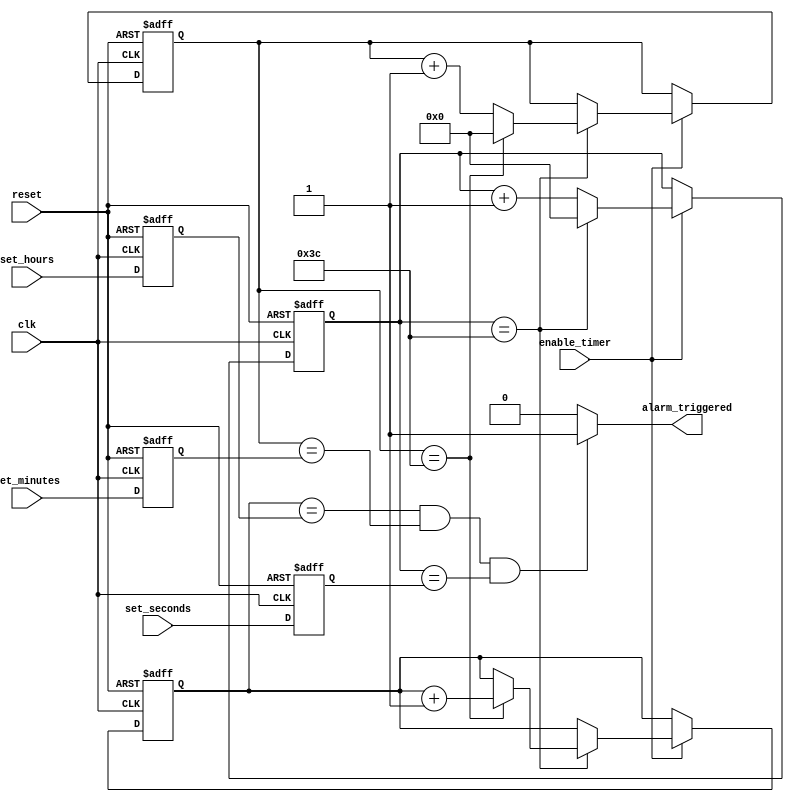
module rtc_timer (
    input wire clk,
    input wire reset,
    input wire [3:0] set_hours,
    input wire [5:0] set_minutes,
    input wire [5:0] set_seconds,
    input wire enable_timer,
    
    output reg alarm_triggered
);

reg [3:0] hours;
reg [5:0] minutes;
reg [5:0] seconds;

reg [3:0] alarm_hours;
reg [5:0] alarm_minutes;
reg [5:0] alarm_seconds;

// Time counter module
always @(posedge clk or posedge reset) begin
    if (reset) begin
        hours <= 4'd0;
        minutes <= 6'd0;
        seconds <= 6'd0;
    end
    
    else if (enable_timer) begin
        seconds <= seconds + 1;
        
        if (seconds == 60) begin
            seconds <= 6'd0;
            minutes <= minutes + 1;
            
            if (minutes == 60) begin
                minutes <= 6'd0;
                hours <= hours + 1;
                
                if (hours == 24) begin
                    hours <= 4'd0;
                end
            end
        end
    end
end

// Comparator module
always @* begin
    if (hours == alarm_hours && minutes == alarm_minutes && seconds == alarm_seconds) begin
        alarm_triggered <= 1;
    end
    else begin
        alarm_triggered <= 0;
    end
end

// Synchronization and update module
always @(posedge clk or posedge reset) begin
    if (reset) begin
        alarm_hours <= 4'd0;
        alarm_minutes <= 6'd0;
        alarm_seconds <= 6'd0;
    end
    
    else begin
        alarm_hours <= set_hours;
        alarm_minutes <= set_minutes;
        alarm_seconds <= set_seconds;
    end
end

endmodule